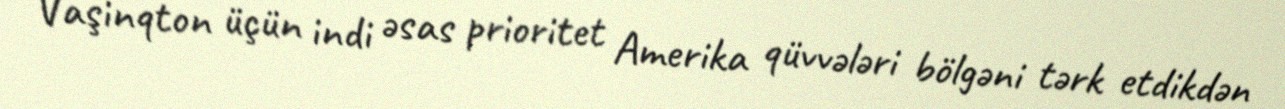
Vaşinqton üçün indi əsas prioritet Amerika qüvvələri bölgəni tərk etdikdən